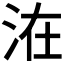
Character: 𰛢